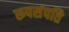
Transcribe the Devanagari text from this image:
रूपसंपति